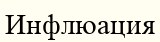
Инфлюация